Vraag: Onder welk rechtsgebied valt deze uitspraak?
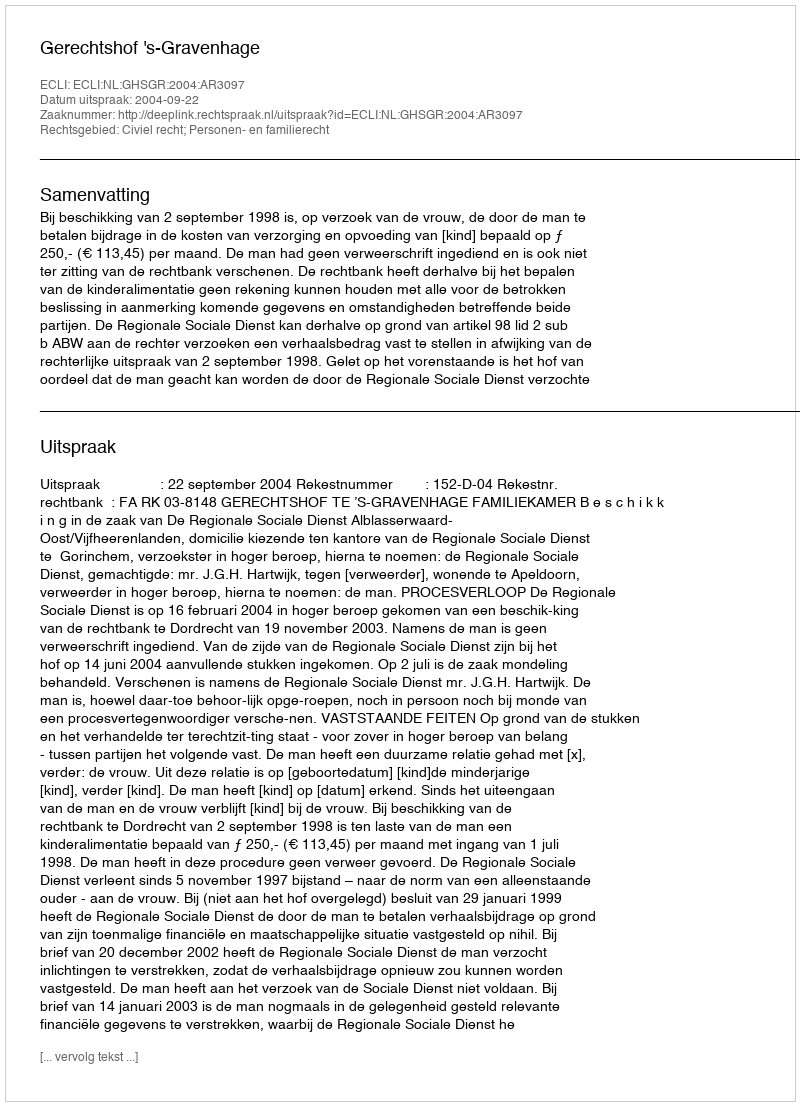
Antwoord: Civiel recht; Personen- en familierecht